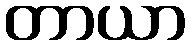
တာယာ